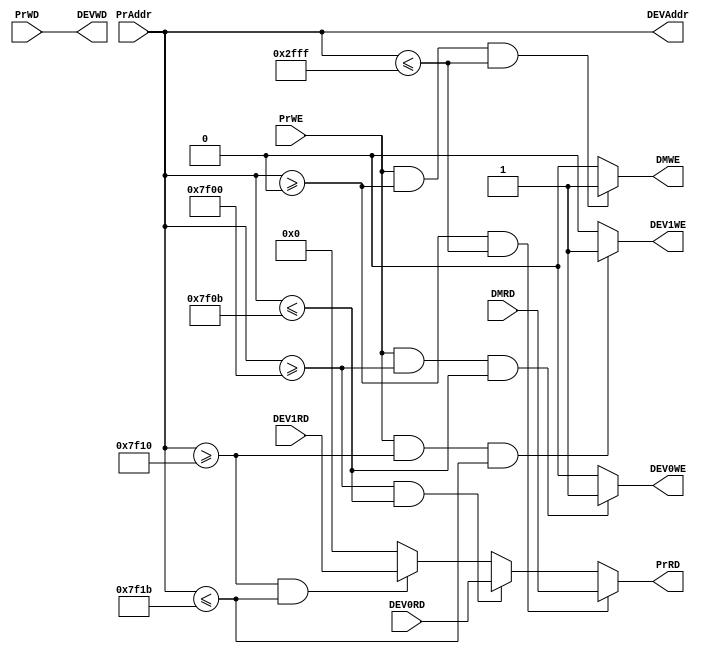
`timescale 1ns / 1ps
//////////////////////////////////////////////////////////////////////////////////
// Company: 
// Engineer: 
// 
// Design Name: 
// Module Name:    Bridge 
// Project Name: 
// Target Devices: 
// Tool versions: 
// Description: 
//
// Dependencies: 
//
// Revision: 
// Revision 0.01 - File Created
// Additional Comments: 
//
//////////////////////////////////////////////////////////////////////////////////
module Bridge(
    input [31:0] PrAddr,
    input [31:0] PrWD,
    input PrWE,
	 input [31:0] DMRD,
    input [31:0] DEV0RD,
    input [31:0] DEV1RD,
    output reg [31:0] PrRD,
    output [31:0] DEVAddr,
    output [31:0] DEVWD,
	 output DMWE,
	 output DEV0WE,
	 output DEV1WE
    );
	 always@(*) begin
		if (PrAddr >= 32'h00000000 && PrAddr <= 32'h00002fff) begin
			PrRD = DMRD;
		end
		else if (PrAddr >= 32'h00007f00 && PrAddr <= 32'h00007f0b) begin
			PrRD = DEV0RD;
		end
		else if (PrAddr >= 32'h00007f10 && PrAddr <= 32'h00007f1b) begin
			PrRD = DEV1RD;
		end
		else begin
			PrRD = 32'h00000000;
		end
	 end
	 assign DEVAddr = PrAddr;
	 assign DEVWD = PrWD;
	 assign DMWE = (PrWE && PrAddr >= 32'h00000000 && PrAddr <= 32'h00002fff) ? 1 : 0;
	 assign DEV0WE = (PrWE && PrAddr >= 32'h00007f00 && PrAddr <= 32'h00007f0b) ? 1 : 0;
	 assign DEV1WE = (PrWE && PrAddr >= 32'h00007f10 && PrAddr <= 32'h00007f1b) ? 1 : 0;


endmodule